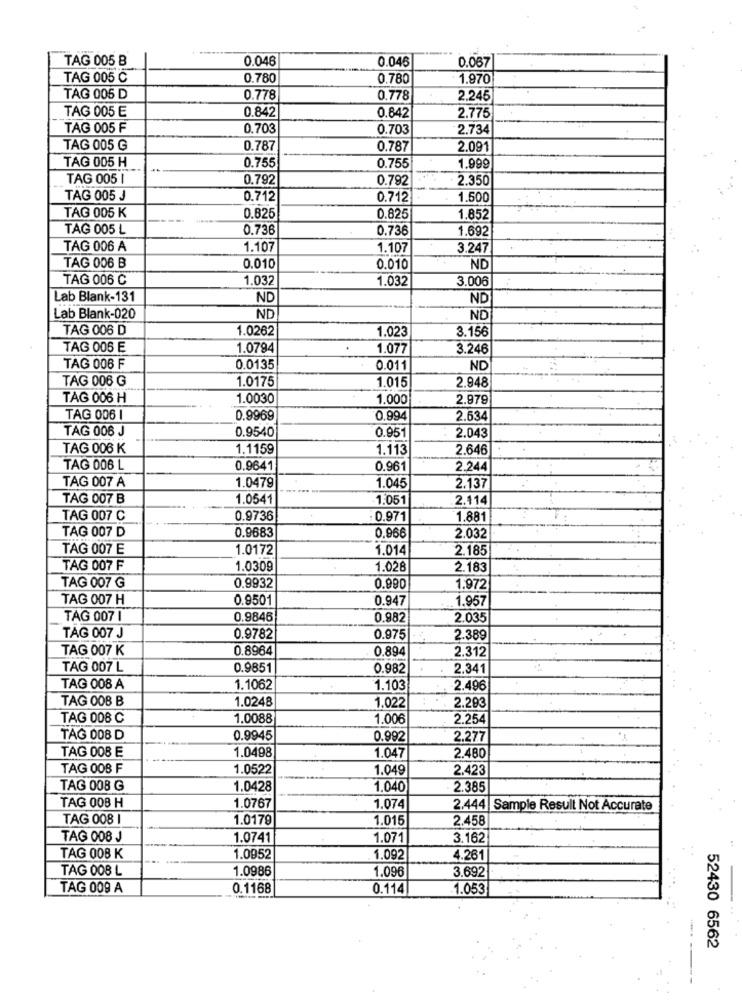
TAG 005 B
0.046
0.046
0.067
TAG 005 C
0.780
0.780
1.970
TAG 006 D
0.778
0.778
2.245
TAG 005 E
0.842
0.842
2.775
TAG 005 F
0.703
0.703
2.734
TAG 005 G
0.787
0.787
2.091
TAG 005 H
0.755
0.755
1.999
TAG 005 1
0.792
0.792
2.350
TAG 005 J
0.712
0.712
1.500
TAG 005 K
0.825
0.825
1.852
TAG 005 L
0.736
0.736
1.692
TAG 006 A
1.107
1.107
3.247
TAG 006 B
0.010
0.010
ND
TAG 006 C
1.032
1.032
3.006
Lab Blank-131
ND
ND
Lab Blank-020
ND
ND
TAG 006 D
1.0262
1.023
3.156
TAG 006 E
1.0794
1.077
3.246
TAG 006 F
0.0135
0.011
ND
TAG 006 G
1.0175
1.015
2.948
TAG 006 H
1.0030
1.000
2.979
TAG 006
0.9969
0.994
2.634
TAG 006 J
0.9540
0.951
2.043
TAG 006 K
1.1159
1.113
2.646
TAG 006 L
0.9641
0.961
2.244
TAG 007 A
1.0479
1.045
2.137
TAG 007 B
1.0541
1.051
2.114
TAG 007 C
0.9736
0.971
1.881
TAG 007 D
0.9683
0,966
2.032
TAG 007 E
1.0172
1.014
2.185
TAG 007 F
1.0309
1.028
2.183
0.9932
TAG 007 G
0.990
1.972
TAG 007 H
0.9501
0.947
1.957
TAG 007 1
0.9846
0.982
2.035
TAG 007 J
0.9782
0.975
2.389
TAG 007 K
0.8964
0.894
2.312
TAG 007 L
0.9851
0.982
2.341
TAG 008 A
1.1062
1.103
2.496
TAG 008 B
1.0248
1.022
2.203
TAG 008 C
1.0088
1.006
2.254
TAG 008 D
0.9945
0.992
2.277
TAG 008 E
1.0498
1.047
2.480
TAG 008 F
1.0522
1.049
2.423
TAG 008 G
1.0428
1.040
2.385
TAG 008 H
1.0767
1.074
2.444 | Sample Result Not Accurate
TAG 008 1
1.0179
1.015
2.458
TAG 008 J
1.0741
1.071
3.162
TAG 008 K
1.0952
1.092
4.261
TAG 008 L
1.0986
1.096
3.692
TAG 009 A
0.1168
0.114
1.053
52430 6562